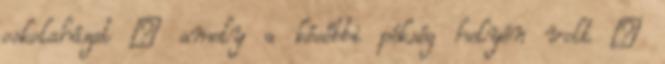
oskolaházat – amely a későbbi pékség helyén volt –